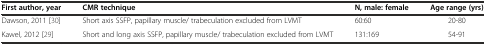
<table><thead><tr><td><b>First author, year</b></td><td><b>CMR technique</b></td><td><b>N, male: female</b></td><td><b>Age range (yrs)</b></td></tr></thead><tbody><tr><td>Dawson, 2011 [30]</td><td>Short axis SSFP, papillary muscle/ trabeculation excluded from LVMT</td><td>60:60</td><td>20-80</td></tr><tr><td>Kawel, 2012 [29]</td><td>Short and long axis SSFP, papillary muscle/ trabeculation excluded from LVMT</td><td>131:169</td><td>54-91</td></tr></tbody></table>